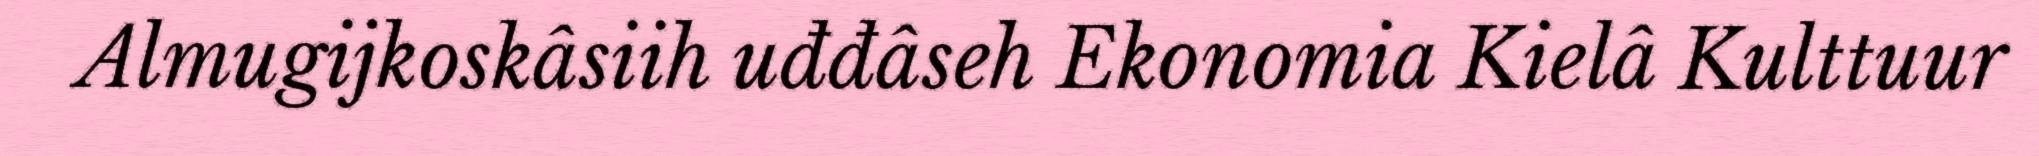
Almugijkoskâsiih uđđâseh Ekonomia Kielâ Kulttuur